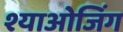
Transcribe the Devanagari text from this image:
श्याओजिंग